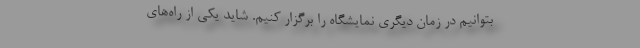
بتوانیم در زمان دیگری نمایشگاه را برگزار کنیم. شاید یکی از راه‌های